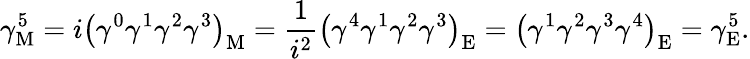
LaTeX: \gamma_{\mathrm{{M}}}^{5}=i\left(\gamma^{0}\gamma^{1}\gamma^{2}\gamma^{3}\right)_{\mathrm{{M}}}={\frac{1}{i^{2}}}\left(\gamma^{4}\gamma^{1}\gamma^{2}\gamma^{3}\right)_{\mathrm{{E}}}=\left(\gamma^{1}\gamma^{2}\gamma^{3}\gamma^{4}\right)_{\mathrm{{E}}}=\gamma_{\mathrm{{E}}}^{5}.